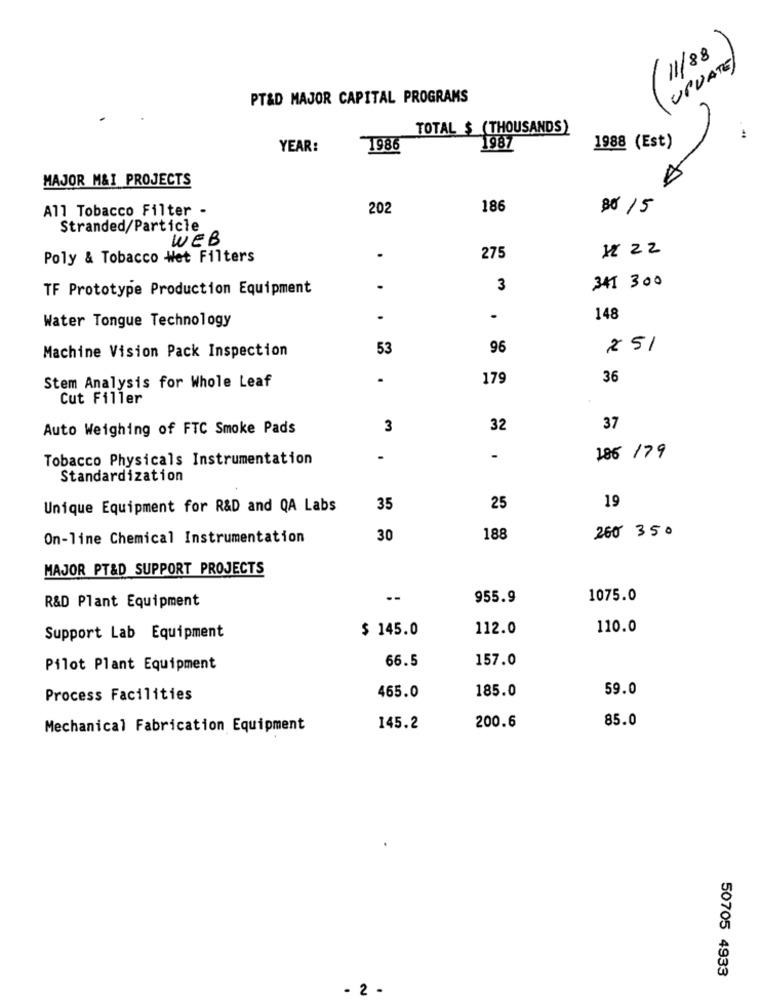
(11/88
(UPDATE)
PT&D MAJOR CAPITAL PROGRAMS
TOTAL $ (THOUSANDS)
YEAR:
1986
1987
1988 (Est)
MAJOR M&I PROJECTS
All Tobacco Filter -
20
186
80 15
Stranded/Particle
WEB
1 22
Poly & Tobacco Wet Filters
.
275
341 300
TF Prototype Production Equipment
3
Water Tongue Technology
.
148
Machine Vision Pack Inspection
53
96
251
Stem Analysis for Whole Leaf
.
179
36
Cut Filler
Auto Weighing of FTC Smoke Pads
3
32
37
Tobacco Physicals Instrumentation
.
-
186 179
Standardization
19
Unique Equipment for R&D and QA Labs
35
25
On-line Chemical Instrumentation
30
188
260 350
MAJOR PT&D SUPPORT PROJECTS
R&D Plant Equipment
--
955.9
1075.0
$ 145.0
112.0
110.0
Support Lab Equipment
Pilot Plant Equipment
66.5
157.0
59.0
Process Facilities
465.0
185.0
85.0
Mechanical Fabrication Equipment
145.2
200.6
50705 4933
- 2